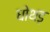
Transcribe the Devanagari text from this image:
धोथड़